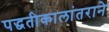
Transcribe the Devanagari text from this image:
पद्धतीकालांतराने